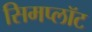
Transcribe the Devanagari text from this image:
सिमप्लॉट